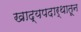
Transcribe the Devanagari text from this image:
खाद्यपदार्थातून